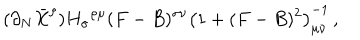
( \partial _ { N } \bar { X } ^ { \rho } ) { H _ { \sigma } } ^ { \rho \mu } ( F - B ) ^ { \sigma \nu } \left( 1 + ( F - B ) ^ { 2 } \right) _ { \mu \nu } ^ { - 1 } \, ,